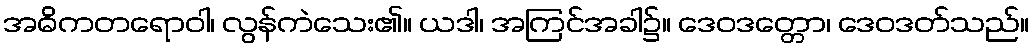
အဓိကတရောဝါ၊ လွန်ကဲသေး၏။ ယဒါ၊ အကြင်အခါ၌။ ဒေဝဒတ္တော၊ ဒေဝဒတ်သည်။